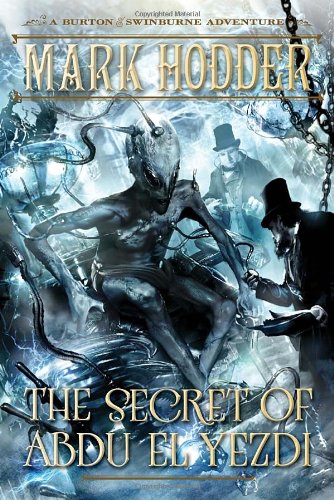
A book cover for The Secret of Abdu El Yezdi: A Burton & Swinburne Adventure; Mark Hodder; Science Fiction & Fantasy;